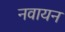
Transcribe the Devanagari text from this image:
नवायन